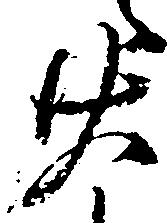
廿